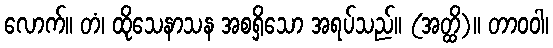
လောက်။ တံ၊ ထိုသေနာသန အစရှိသော အရပ်သည်။ (အတ္ထိ)။ တာဝဝါ၊